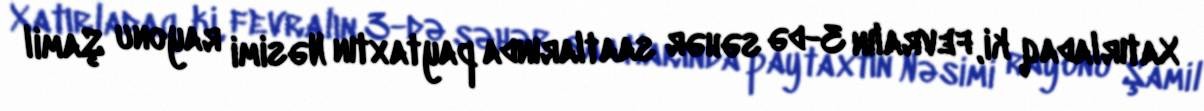
Xatırladaq ki, fevralın 3-də səhər saatlarında paytaxtın Nəsimi rayonu Şamil